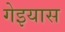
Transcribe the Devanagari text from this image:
गेइयास